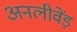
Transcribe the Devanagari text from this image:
अनलीवेंड़